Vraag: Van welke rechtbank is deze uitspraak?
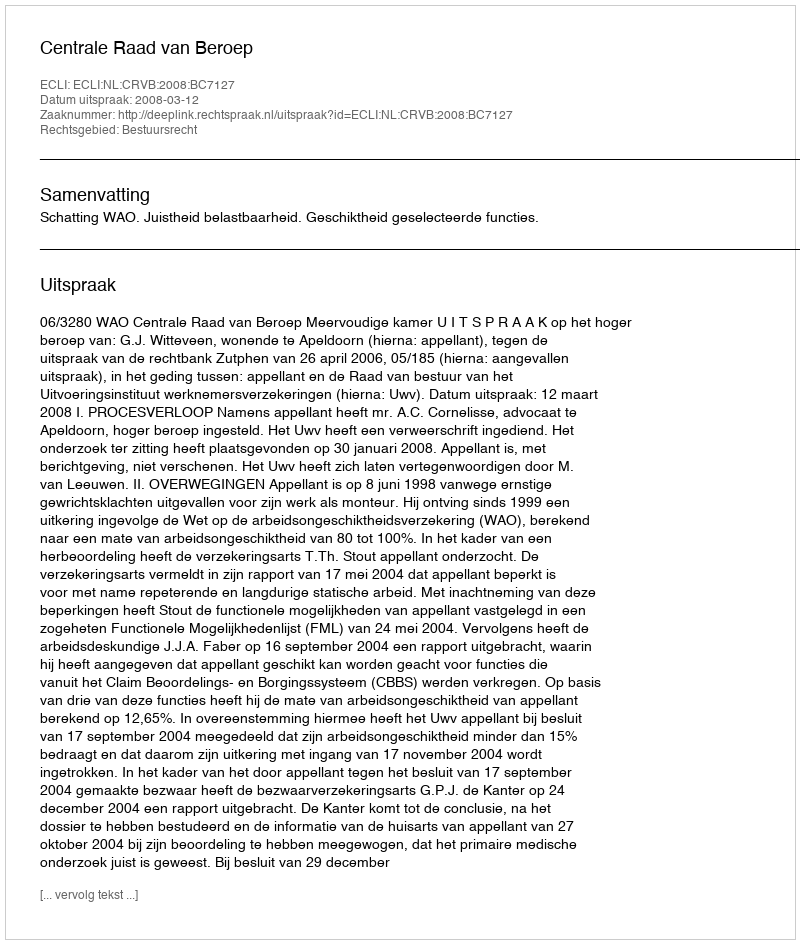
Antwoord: Centrale Raad van Beroep